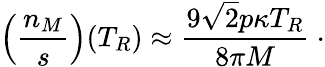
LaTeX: \left(\frac{n_{M}}{s}\right)(T_{R})\approx\frac{9\sqrt{2}p\kappa T_{R}}{8\pi M}~\cdot